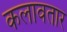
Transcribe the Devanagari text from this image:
कलावतार